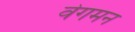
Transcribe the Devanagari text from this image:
वेगमन